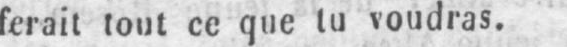
ferait tout ce que tu voudras.